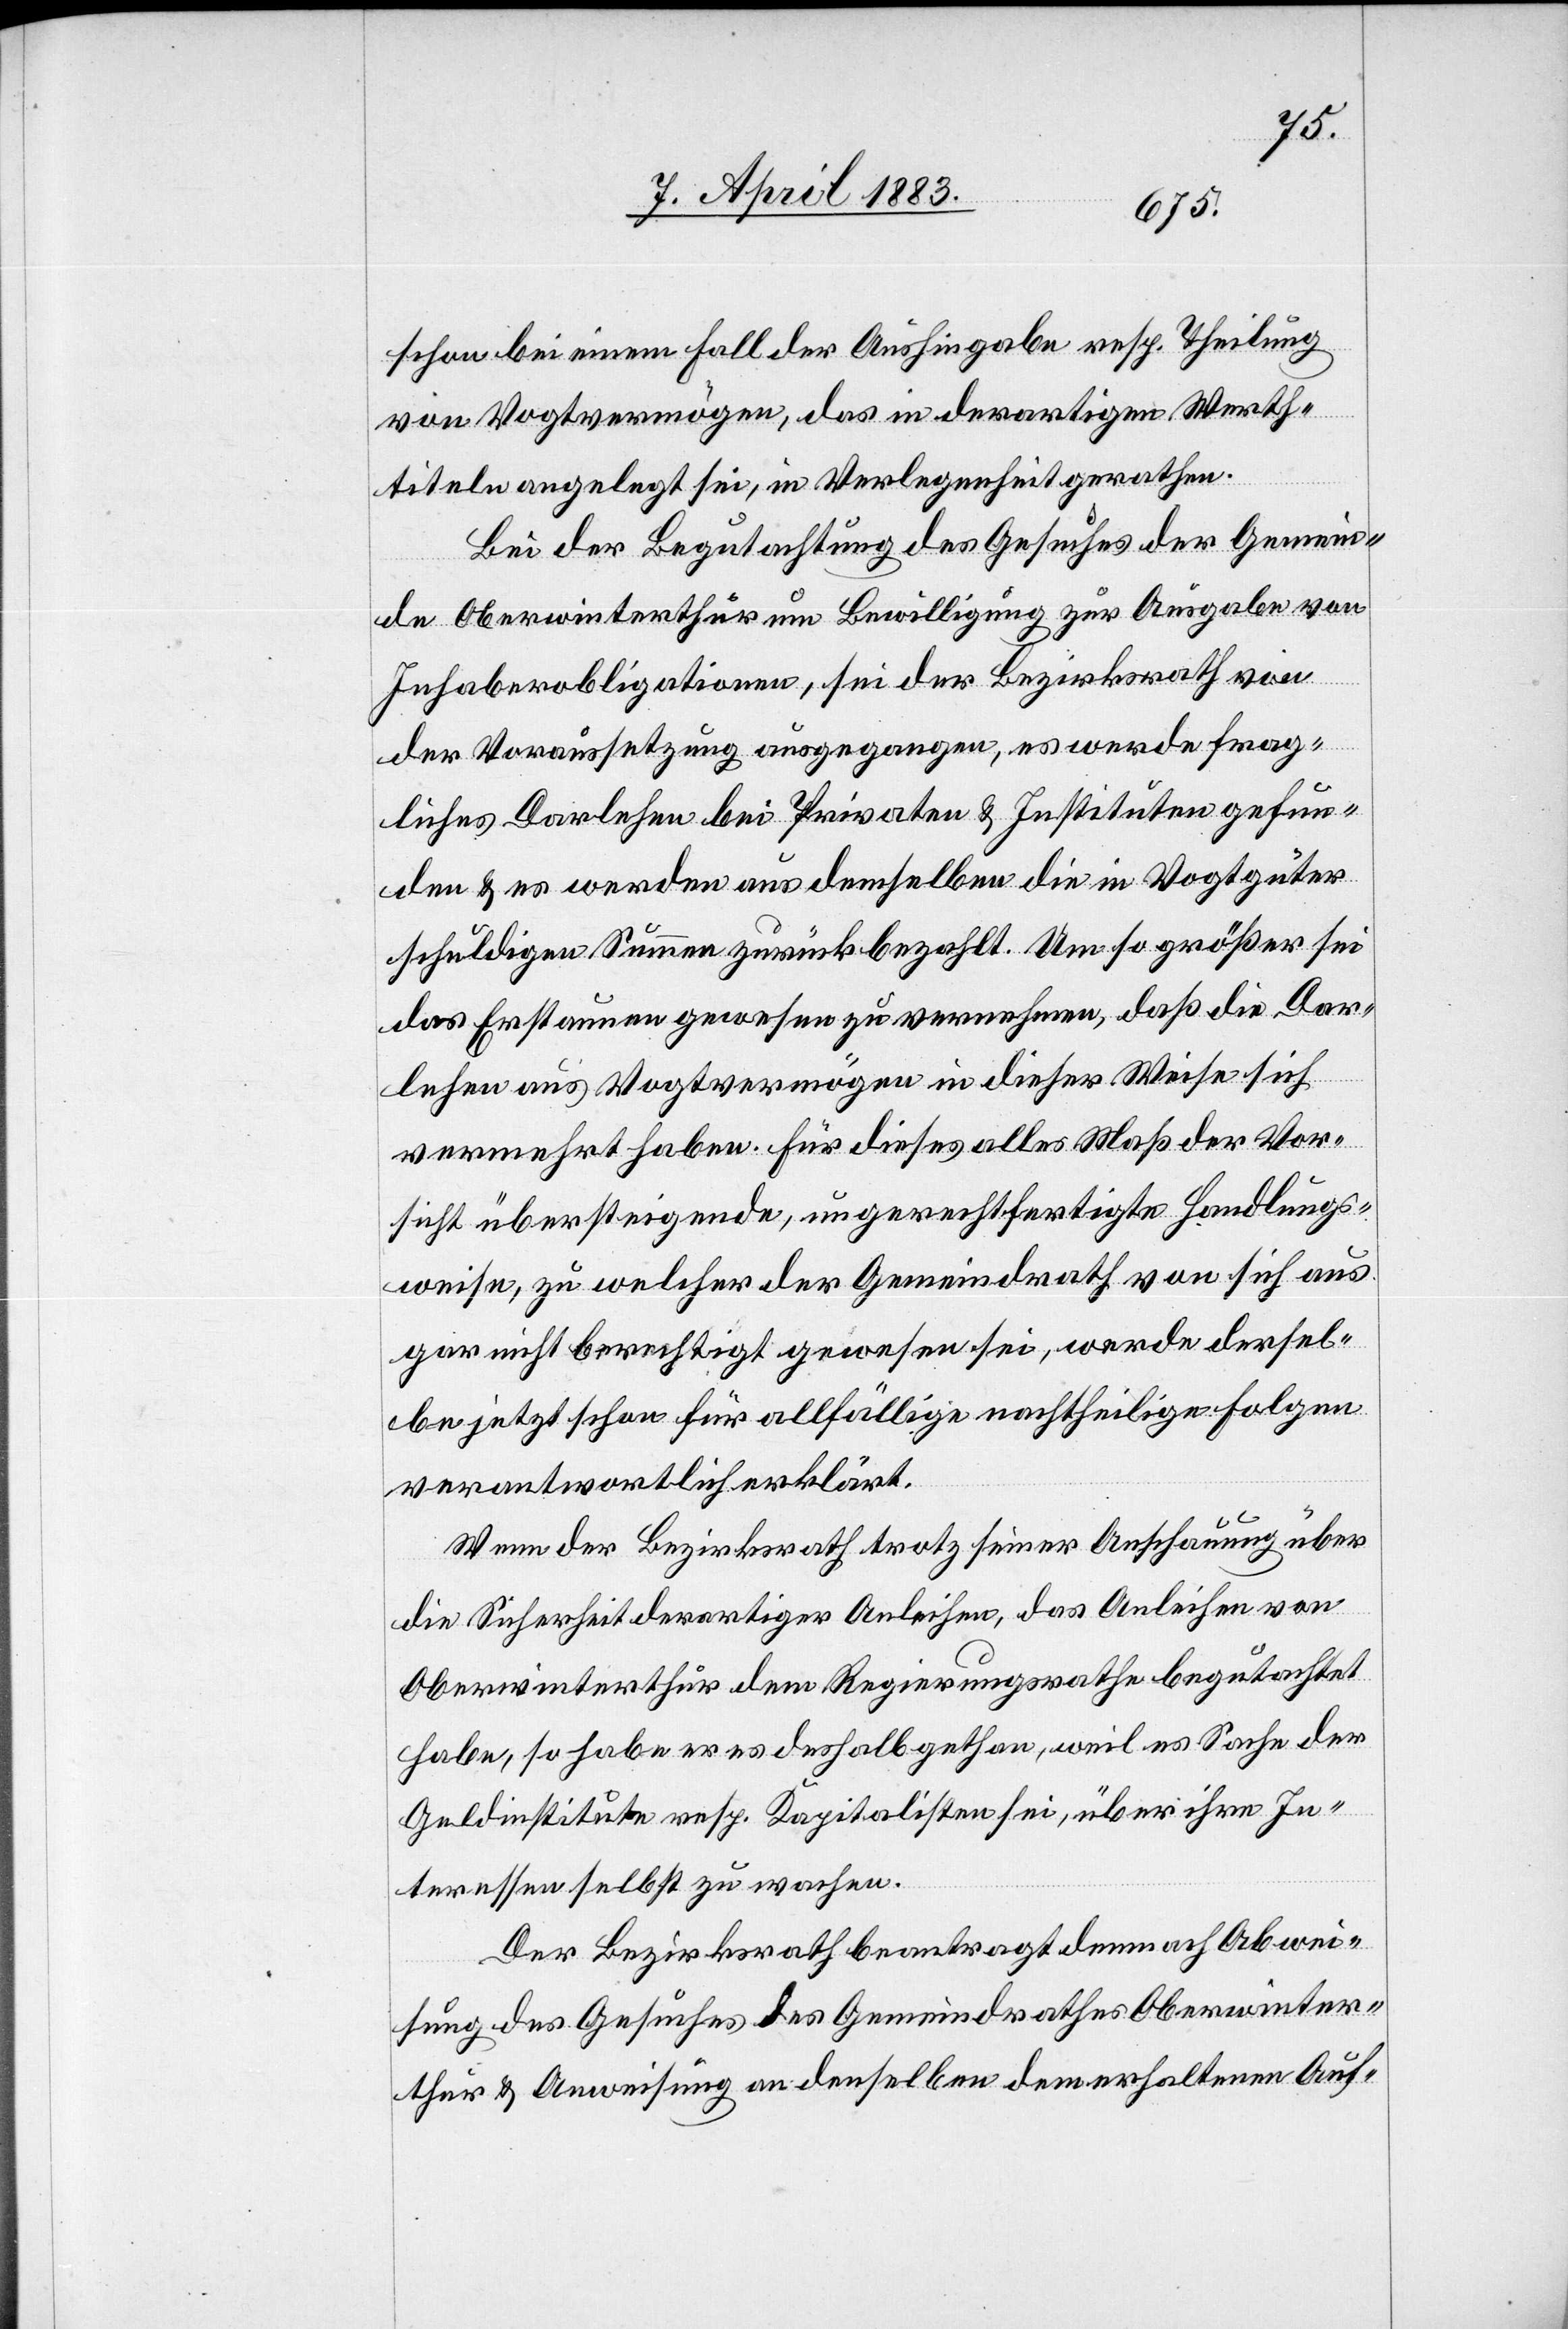
schon bei einem Fall der Aushingabe resp. Theilung
von Vogtvermögen, das in derartigen Werth¬
titeln angelegt sei, in Verlegenheit gerathen.
Bei der Begutachtung des Gesuches der Gemein¬
de Oberwinterthur um Bewilligung zur Ausgabe von
Inhaberobligationen, sei der Bezirksrath von
der Voraussetzung ausgegangen, es werde frag¬
liches Darlehen bei Privaten & Instituten gefun¬
den & es werden aus demselben die in Vogtgüter
schuldigen Summen zurückbezahlt. Umso größer sei
das Erstaunen gewesen zu vernehmen, daß die Dar¬
lehen aus Vogtvermögen in dieser Weise sich
vermehrt haben. Für dieses [sic!] alles Maß der Vor¬
sicht übersteigende, ungerechtfertigte Handlungs¬
weise, zu welcher der Gemeindrath von sich aus
gar nicht berechtigt gewesen sei, werde dersel¬
be jetzt schon für allfällige nachtheilige Folgen
verantwortlich erklärt.
Wenn der Bezirksrath trotz seiner Anschauung über
die Sicherheit derartiger Anleihen, das Anleihen von
Oberwinterthur dem Regierungsrathe begutachtet
habe, [sic!] so habe er es deshalb gethan, weil es Sache der
Geldinstitute resp. Kapitalisten sei, über ihre In¬
teressen selbst zu wachen.
Der Bezirksrath beantragt demnach Abwei¬
sung des Gesuches des Gemeindrathes Oberwinter¬
thur & Anweisung an denselben, dem erhaltenen Auf-